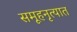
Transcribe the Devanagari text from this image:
समूहनृत्यात